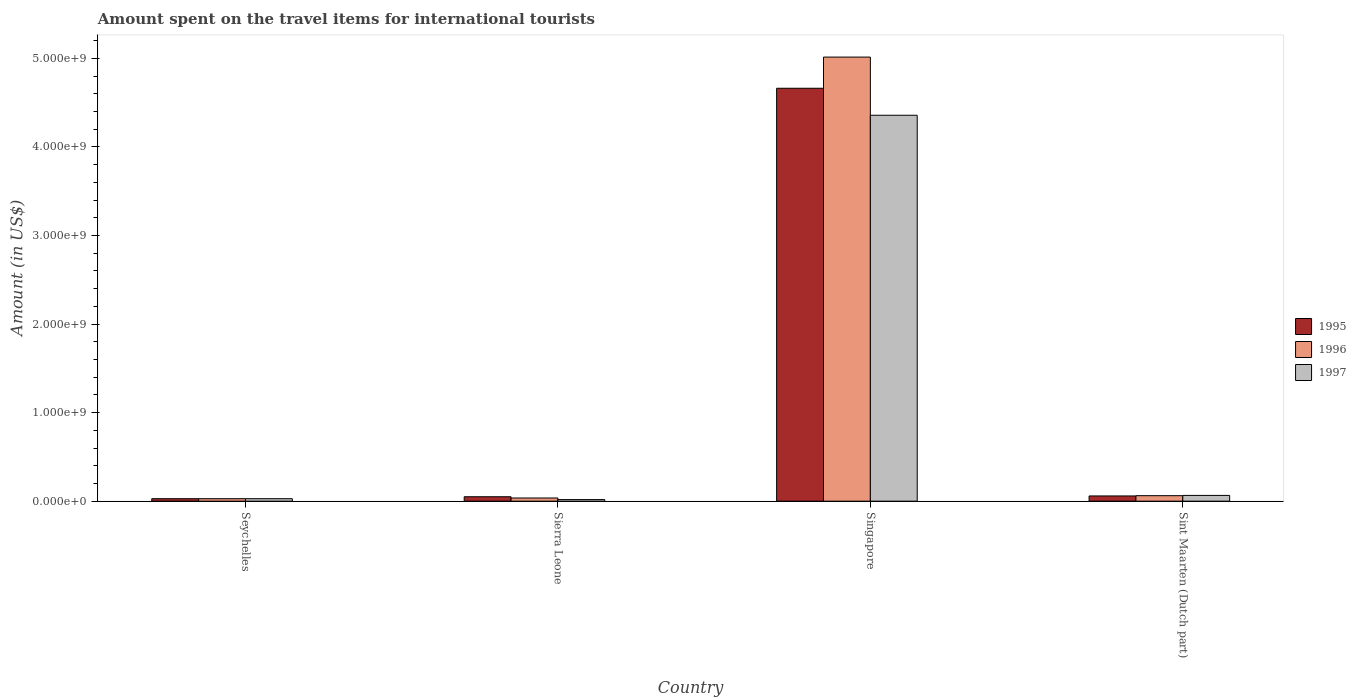
| Country | 1995 | 1996 | 1997 |
 | --- | --- | --- | --- |
 | Seychelles | 2.8e+07 | 2.8e+07 | 2.8e+07 |
 | Sierra Leone | 5e+07 | 3.6e+07 | 1.8e+07 |
 | Singapore | 4.66e+09 | 5.02e+09 | 4.36e+09 |
 | Sint Maarten (Dutch part) | 5.9e+07 | 6.2e+07 | 6.5e+07 |